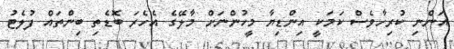
އަންނި ކުރިހާވެސް ކަމަކީ އިންޑިޔާ މީހުންނަށް މާލޭގެ އެހެރަ ބޮޑެތި ބިންތައް ފުލެޓު